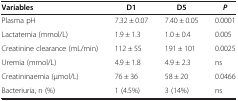
<table><thead><tr><td><b>Variables</b></td><td><b>D1</b></td><td><b>D5</b></td><td><b><i>P</i></b></td></tr></thead><tbody><tr><td>Plasma pH</td><td>7.32 ± 0.07</td><td>7.40 ± 0.05</td><td>0.0001</td></tr><tr><td>Lactatemia (mmol/L)</td><td>1.9 ± 1.3</td><td>1.0 ± 0.4</td><td>0.005</td></tr><tr><td>Creatinine clearance (mL/min)</td><td>112 ± 55</td><td>191 ± 101</td><td>0.0025</td></tr><tr><td>Uremia (mmol/L)</td><td>4.9 ± 1.8</td><td>4.9 ± 2.3</td><td>ns</td></tr><tr><td>Creatininaemia (μmol/L)</td><td>76 ± 36</td><td>58 ± 20</td><td>0.0466</td></tr><tr><td>Bacteriuria, n (%)</td><td>1 (4.5%)</td><td>3 (14%)</td><td>ns</td></tr></tbody></table>